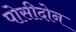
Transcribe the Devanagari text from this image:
पोसीदोन